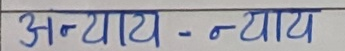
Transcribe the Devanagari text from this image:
अन्याय - न्याय